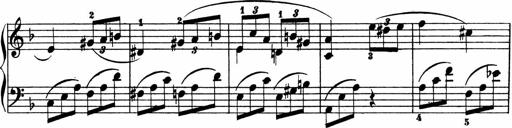
Title: 2 instructive Sonatinen
Composer: Paul Schumacher